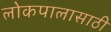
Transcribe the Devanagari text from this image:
लोकपालासाठी